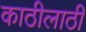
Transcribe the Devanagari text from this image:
काठीलाठी